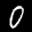
Label: 0